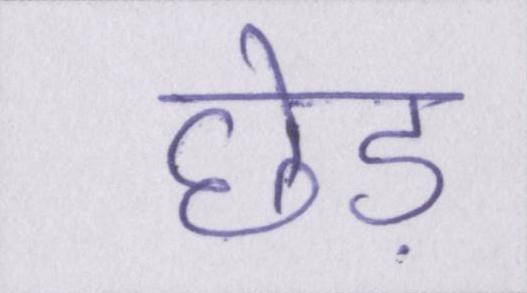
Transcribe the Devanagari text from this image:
छेड़